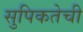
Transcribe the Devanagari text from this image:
सुपिकतेची